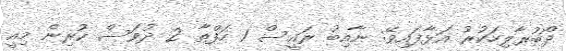
ދޯބުރާލިހަކުރު އަޅާފައިވޭ: ނާއިބު ރައީސް 1 ހަފްތާ 2 ދުވަސް ކުރިން މިއީ